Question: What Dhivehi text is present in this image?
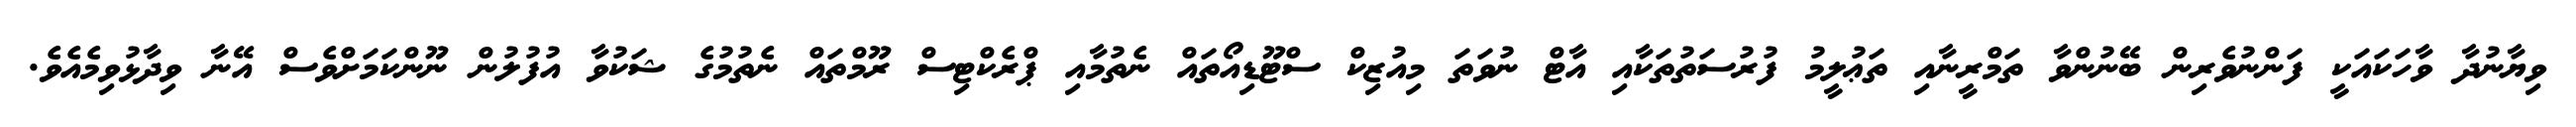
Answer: ވިޔާނުދާ ވާހަކައަކީ ފަންނުވެރިން ބޭނުންވާ ތަމްރީނާއި ތަޢުލީމު ފުރުސަތުތަކާއި އާޓް ނުވަތަ މިއުޒިކް ސްޓޫޑިއޯތައް ނެތުމާއި ޕްރެކްޓިސް ރޫމްތައް ނެތުމުގެ ޝަކުވާ އުފުލުން ނޫންކަމަށްވެސް އޭނާ ވިދާޅުވިމެއެވެ.